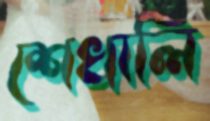
শেখালি